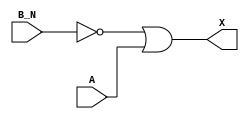
/*
 * Copyright 2020 The SkyWater PDK Authors
 *
 * Licensed under the Apache License, Version 2.0 (the "License");
 * you may not use this file except in compliance with the License.
 * You may obtain a copy of the License at
 *
 *     https://www.apache.org/licenses/LICENSE-2.0
 *
 * Unless required by applicable law or agreed to in writing, software
 * distributed under the License is distributed on an "AS IS" BASIS,
 * WITHOUT WARRANTIES OR CONDITIONS OF ANY KIND, either express or implied.
 * See the License for the specific language governing permissions and
 * limitations under the License.
 *
 * SPDX-License-Identifier: Apache-2.0
*/


`ifndef SKY130_FD_SC_HDLL__OR2B_FUNCTIONAL_V
`define SKY130_FD_SC_HDLL__OR2B_FUNCTIONAL_V

/**
 * or2b: 2-input OR, first input inverted.
 *
 * Verilog simulation functional model.
 */

`timescale 1ns / 1ps
`default_nettype none

`celldefine
module sky130_fd_sc_hdll__or2b (
    X  ,
    A  ,
    B_N
);

    // Module ports
    output X  ;
    input  A  ;
    input  B_N;

    // Local signals
    wire not0_out ;
    wire or0_out_X;

    //  Name  Output     Other arguments
    not not0 (not0_out , B_N            );
    or  or0  (or0_out_X, not0_out, A    );
    buf buf0 (X        , or0_out_X      );

endmodule
`endcelldefine

`default_nettype wire
`endif  // SKY130_FD_SC_HDLL__OR2B_FUNCTIONAL_V